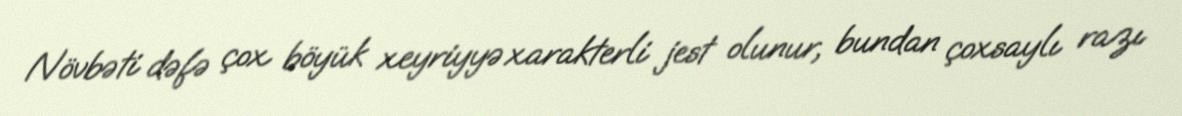
Növbəti dəfə çox böyük xeyriyyə xarakterli jest olunur, bundan çoxsaylı razı